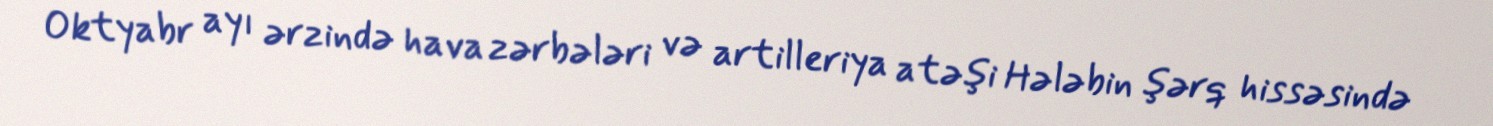
Oktyabr ayı ərzində hava zərbələri və artilleriya atəşi Hələbin şərq hissəsində